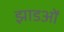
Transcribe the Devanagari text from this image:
झाडओं